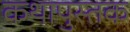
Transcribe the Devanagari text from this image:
कथापुस्तक